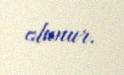
olunur.